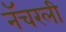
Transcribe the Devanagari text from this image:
नॅचरली